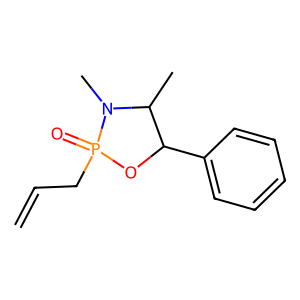
SMILES: C=CCP1(=O)OC(c2ccccc2)C(C)N1C
Inhibits HIV replication: No